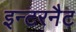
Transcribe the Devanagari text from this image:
इन्टरनैट